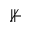
\nVdash